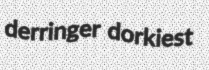
derringer dorkiest